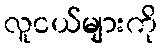
လူငယ်များကို